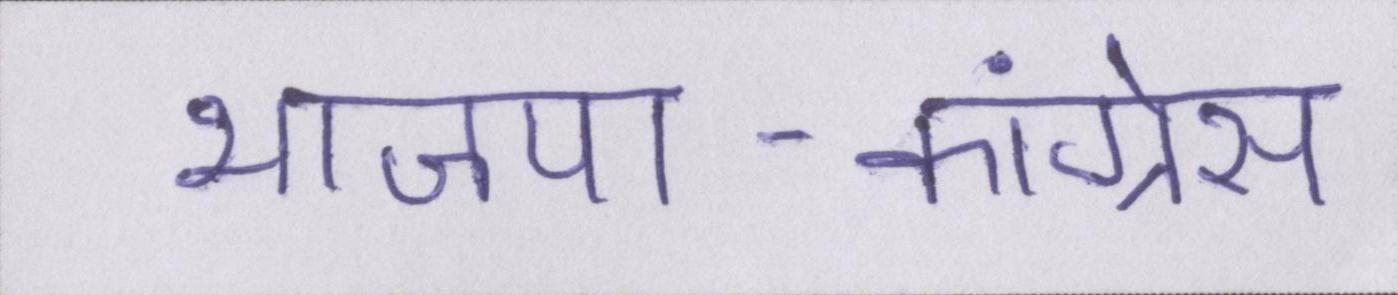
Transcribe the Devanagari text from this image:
भाजपा-कांग्रेस